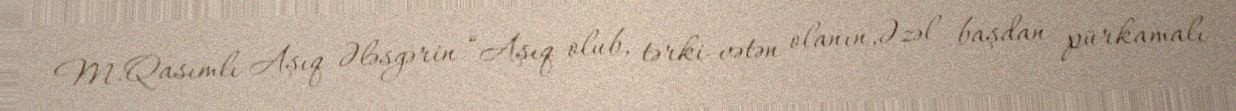
M.Qasımlı Aşıq Ələsgərin “Aşıq olub, tərki-vətən olanın,Əzəl başdan pürkamalı